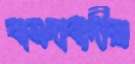
বামদাবাদীরা